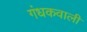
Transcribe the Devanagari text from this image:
गंधकवाली